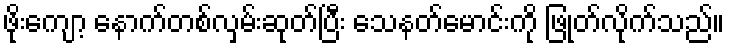
ဖိုးကျော့ နောက်တစ်လှမ်းဆုတ်ပြီး သေနတ်မောင်းကို ဖြုတ်လိုက်သည်။